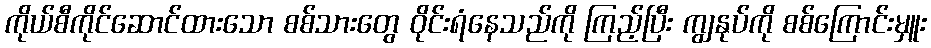
ကိုယ်စီကိုင်ဆောင်ထားသော စစ်သားတွေ ဝိုင်းရံနေသည်ကို ကြည့်ပြီး ကျွနုပ်ကို စစ်ကြောင်းမှူး